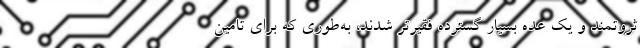
ثروتمند و یک عده بسیار گسترده فقیرتر شدند، به‌طوری که برای تامین